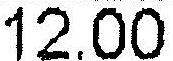
12.00